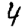
Digit: 4